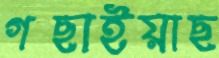
গছাইয়াছ